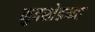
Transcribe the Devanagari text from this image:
मुदखेडच्या